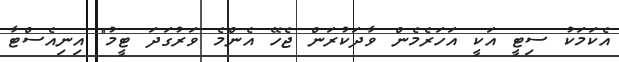
އެކަމަކު ސިޓީ އަކީ އަހަރެމެން ވާދަކުރަން ޖެހޭ އެންމެ ވަރުގަދަ ޓީމު" އިނިއެސްޓާ